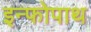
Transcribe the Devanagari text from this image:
इन्फोपाथ